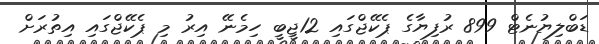
ޑަބްލިޔުނެޓް 899 ރުފިޔާގެ ޕެކޭޖްގައި 12ޖީބީ ހިމެނޭ އިރު މި ޕެކޭޖްގައި އިތުރަށް